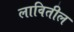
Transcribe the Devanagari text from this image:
लावितील